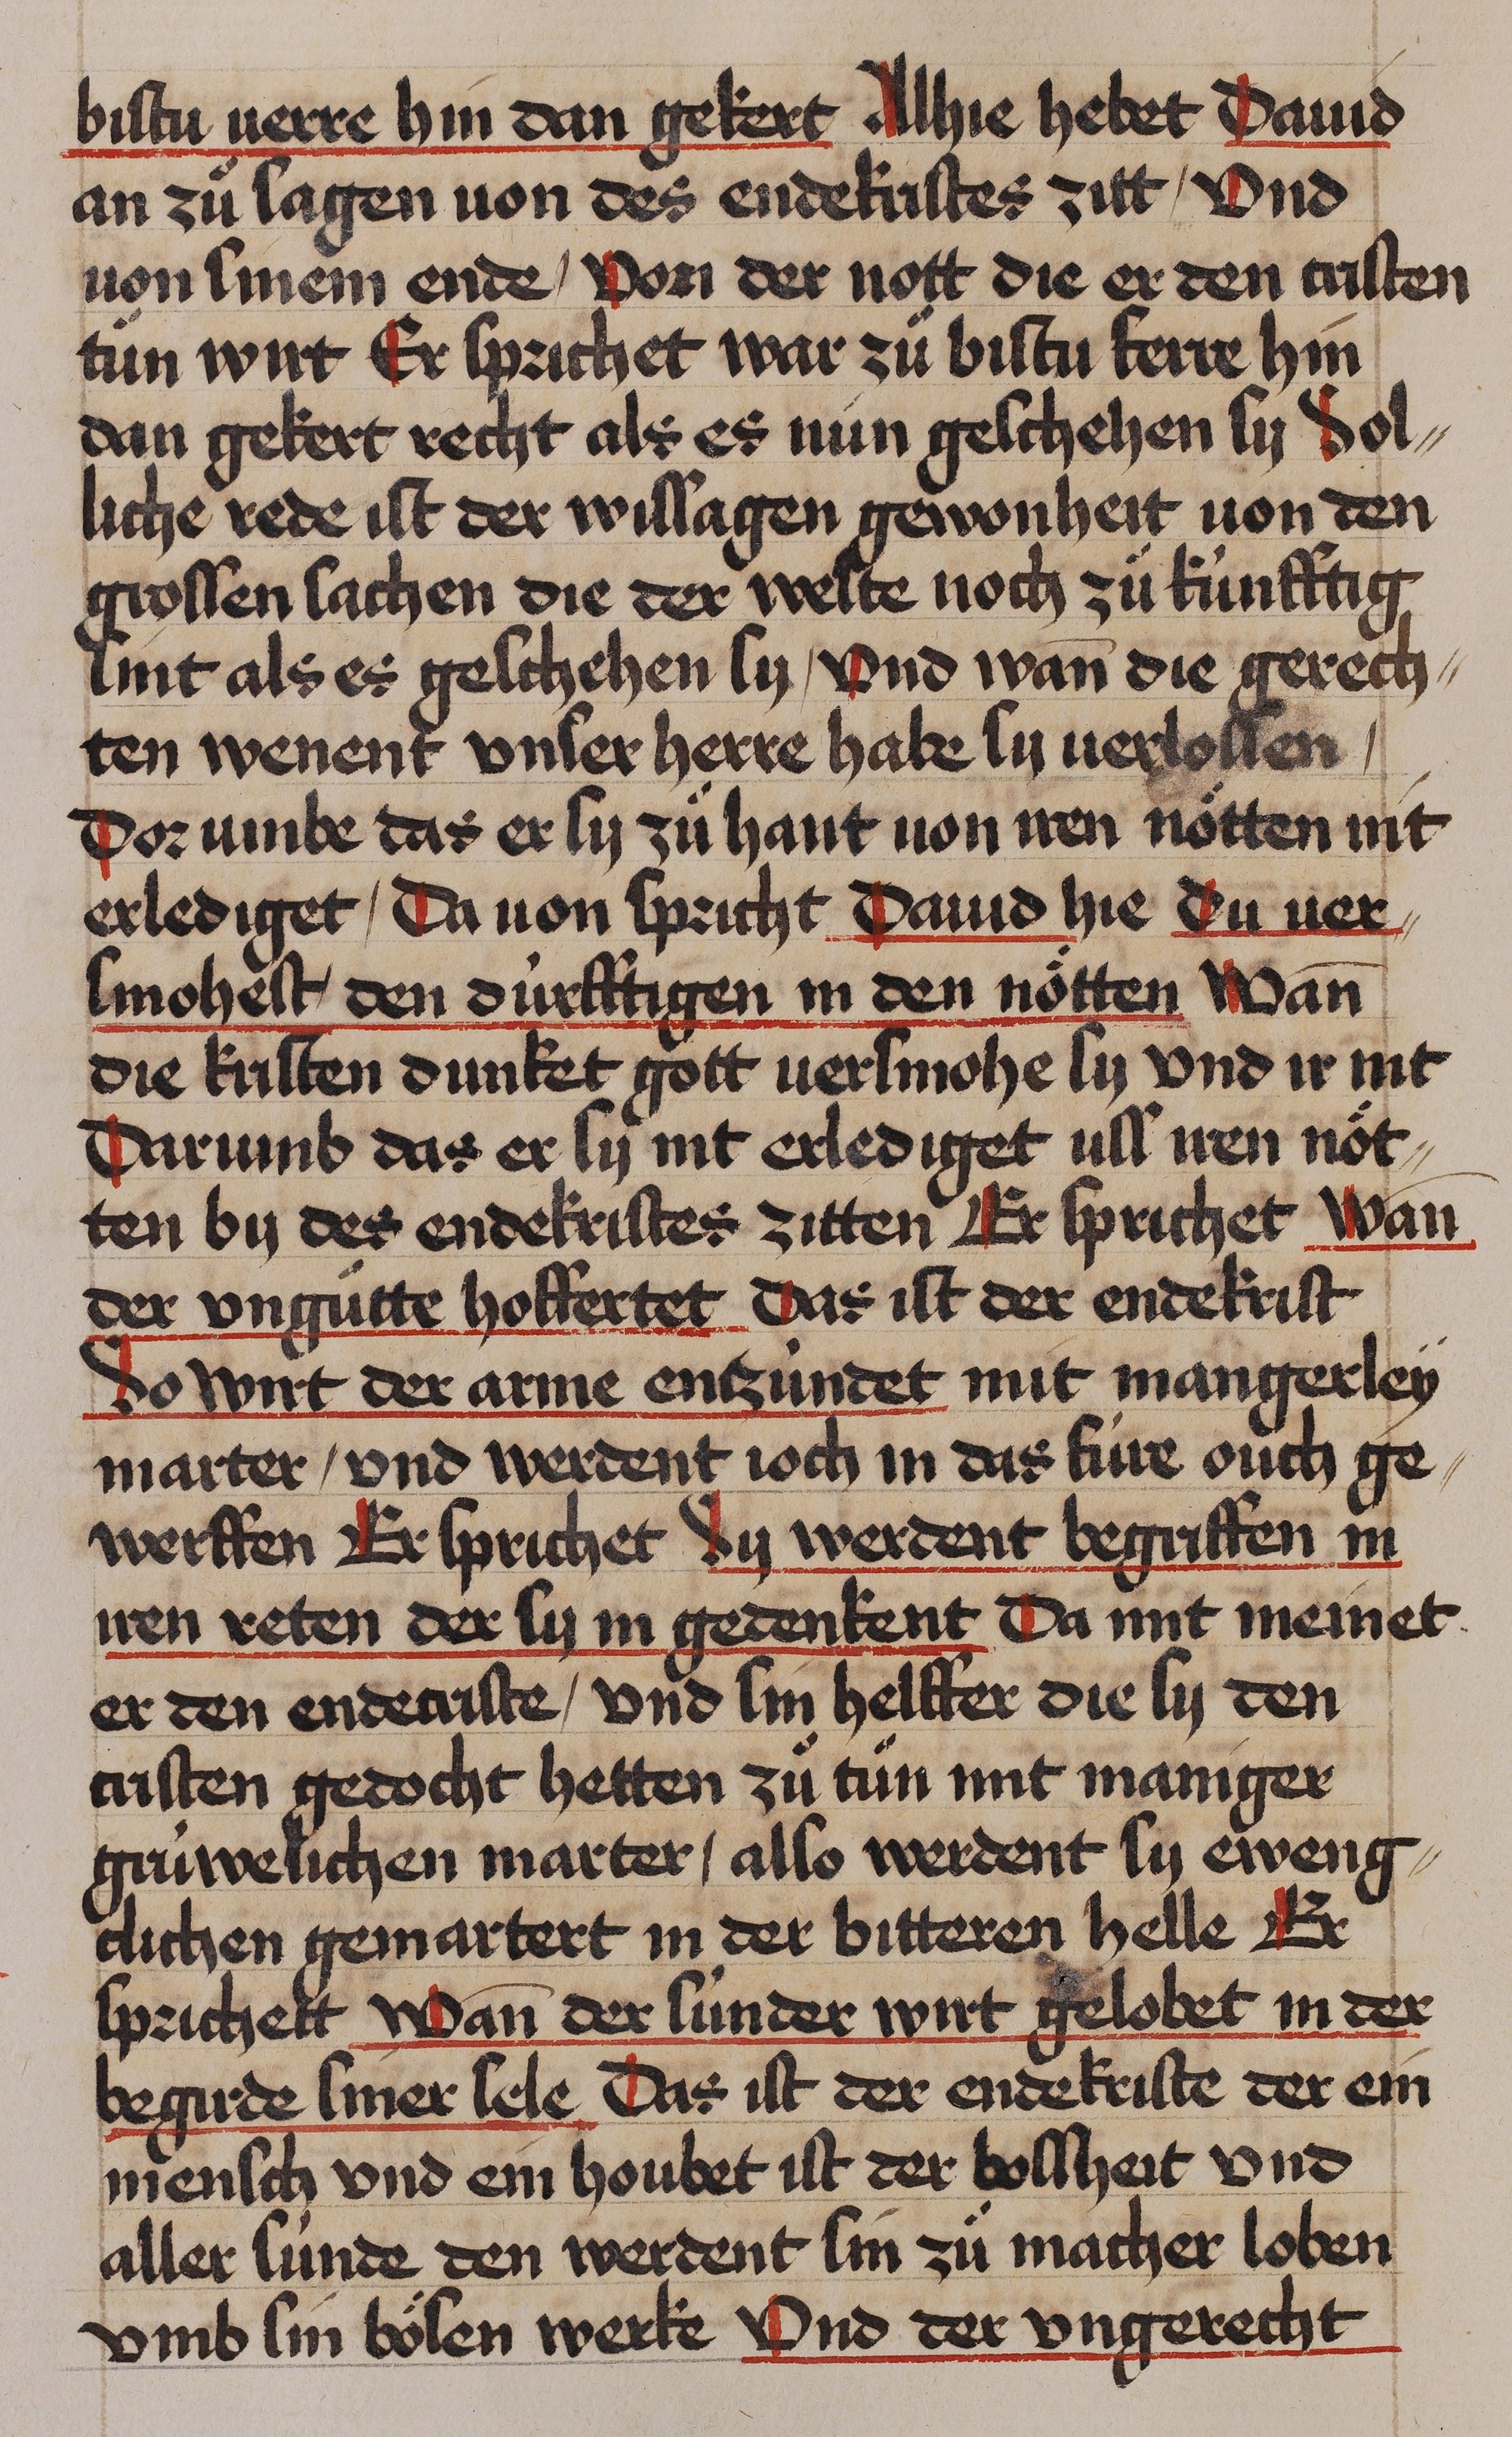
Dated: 1435–1465